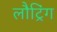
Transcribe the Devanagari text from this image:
लौट्रिंग